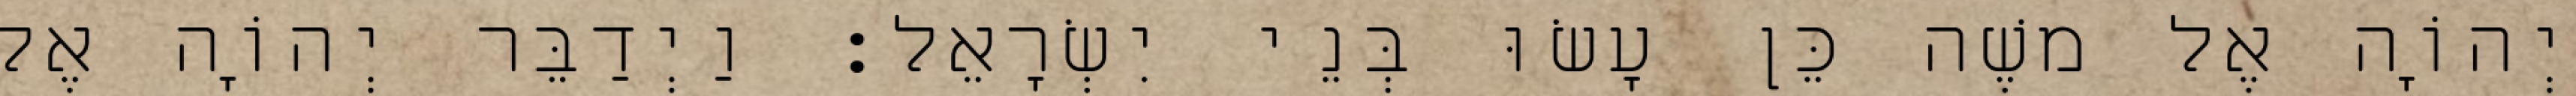
יְהוָֹה אֶל משֶׁה כֵּן עָשׂוּ בְּנֵי יִשְׂרָאֵל׃ וַיְדַבֵּר יְהוָֹה אֶל